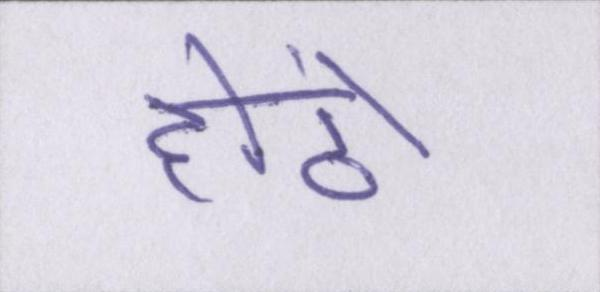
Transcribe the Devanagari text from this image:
होंठों